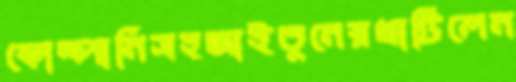
কোম্পানিসহজাইতুনেরখাটিলেন